Leaving Certificate Examination, 1912
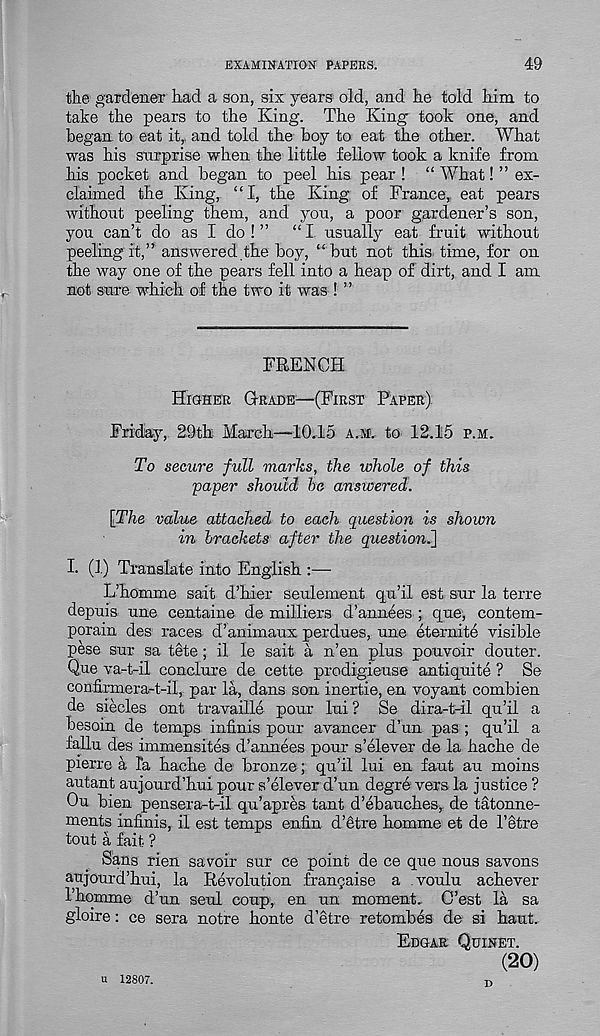
EXAMINATION PAPERS.
49
the gardener had a son, six years old, and he told him to
take the pears to the King. The King took one, and
began to eat it,, and told the boy to eat the other. What
was his surprise when the little fellow took a knife from
his pocket and began to peel his pear ! “ What! ” ex-
claimed the King, “I, the King of France, eat pears
without peeling them, and you, a poor gardener’s son,
you can’t do as I do ! ”
“I usually eat fruit without
peeling it,” answered the boy, “but not this time, for on
the way one of the pears fell into a heap of dirt, and I am
not sure which of the two it was ! ”
FRENCH
Higher Graded—(First Paper)
Friday, 29th March—10.15 a.m. to 12.15 p.m.
To secure full marks, the whole of this
■ paper should he answered.
[The value attached to each question is shown
in brackets after the question^]
I. (1) Translate into English :—
L’homme sait d’hier seulement qu’il est sur la terre
depuis une centaine de milliers d’annees ; que, contem-
porain des races d’animaux perdues, une eternite visible
pese sur sa tete ; il le sait a n’en plus pouvoir douter.
Que va-t-il conclure de cette prodigieuse antiquite ? Se
confinnera-t-il, par la, dans son inertie, en voyant combien
de siecles ont travaille pour lui ? Se dira-t-il qu’il a
besom de temps infinis pour avancer d’un pas ; qu’il a
fallu des immensites d’annees pour s’elever de la hache de
pierre a fa hache de bronze; qu’il lui en faut an moins
autant aujourd’hui pour s’elever d’un degre vers la justice ?
Ou bien pensera-t-il qu’apres tant d’ebauches, de tatonne-
ments infinis, il est temps enfin d’dtre homme et de 1’etre
tout a fait ?
Sans rien savoir sur ce point de ce que nous savons
aujourd’hui, la Revolution frangai se a voulu achever
1’homme d’un seul coup, en un moment. O’est la sa
gloire: ce sera notre honte d’etre retombes de si haut.
Edgar Quinet.
(20)
u 12807.
T,